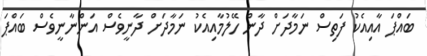
ބައްޕަ އާއިއެކު ފަތިސް ނަމާދަށް ދާން ހޭލުމާއިއެކު ނަމާދަށް ދާނީވެސް އަންނާނީވެސް ބައްޕަ